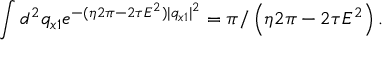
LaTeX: \int d ^ { 2 } q _ { x 1 } e ^ { - ( \eta 2 \pi - 2 \tau E ^ { 2 } ) | q _ { x 1 } | ^ { 2 } } = \pi / \left( \eta 2 \pi - 2 \tau E ^ { 2 } \right) .